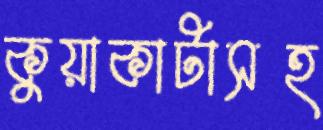
কুয়াকাটাসহ